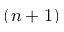
( n + 1 )